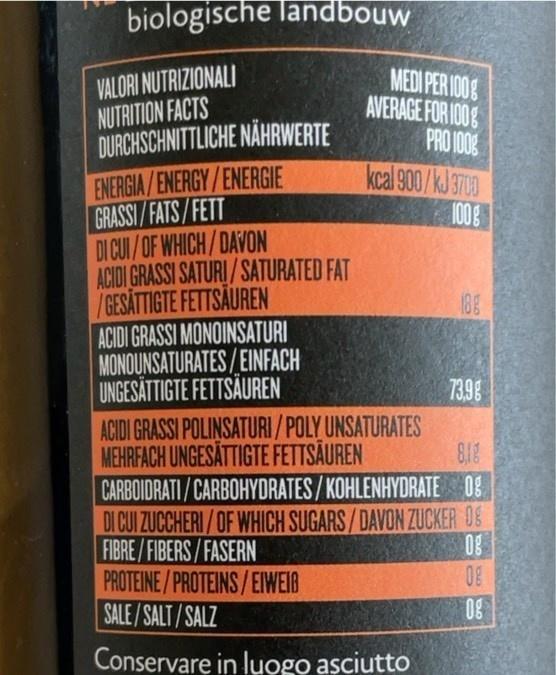
biologische landbouw
VALORI NUTRIZIONALI NUTRITION FACTS DURCHSCHNITTLICHE NÄHRWERTE ENERGIA/ENERGY/ENERGIE GRASSI/FATS/FETT DI CUI/OF WHICH/DAVON ACIDI GRASSI SATURI / SATURATED FAT /GESÄTTIGTE FETTSÄUREN ACIDI GRASSI MONOINSATURI MONOUNSATURATES/EINFACH UNGESÄTTIGTE FETTSÄUREN ACIDI GRASSI POLINSATURI/POLY UNSATURATES MEHRFACH UNGESĂTTIGTE FETTSÄUREN CARBOIDRATI/CARBOHYDRATES / KOHLENHYDRATE 08 DI CUI ZUCCHERI/OF WHICH SUGARS/DAVON ZUCKER OS FIBRE/FIBERS/FASERN PROTEINE/ PROTEINS/EIWEIB SALE/SALT/SALZ
MEDI PER I00 AVERAGE FOR I00 PRO 1008
kcal 900/kJ 3700 1008
73.98
818
0g
0g
Conservare in luogo asciutto